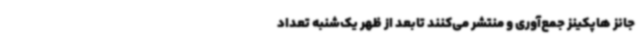
جانز هاپکینز جمع‌آوری و منتشر می‌کنند تابعد از ظهر یک‌شنبه تعداد